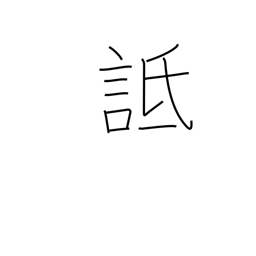
Meaning: vilify